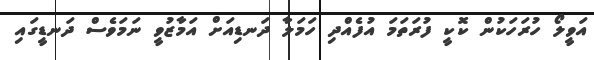
އަވީލޯ ހުރަހަކުން ކޮކީ ފުރަތަމަ އުފެއްދި ހަމަލާ ދަނޑިއަށް އަމާޒުވީ ނަމަވެސް ދަނޑީގައި